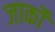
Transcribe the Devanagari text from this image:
जार्को